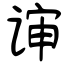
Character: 谉